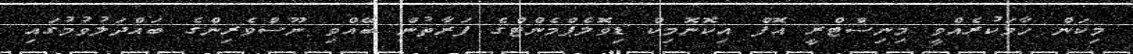
މިކަން ހާމަކުރެއްވީ މިނިސްޓްރީ އޮފް އިކޮނޮމިކް ޑިވޮލެޕްމެންޓްގެ ފަރާތުން ބޭއްވި ނޫސްވެރިންގެ ބައްދަލުވުމުގައި